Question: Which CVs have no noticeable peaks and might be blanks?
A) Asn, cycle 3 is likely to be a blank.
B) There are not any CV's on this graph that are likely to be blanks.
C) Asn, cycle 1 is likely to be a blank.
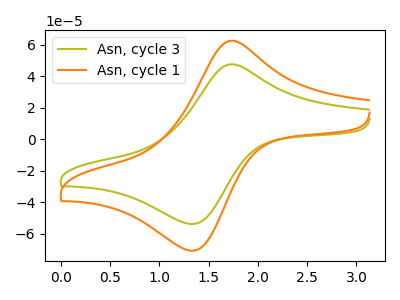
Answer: <think>The olive curve "Asn, cycle 3" has an anodic peak at (1.75V, 47.55uA) and a cathodic peak at (1.35V, -53.80uA). The orange curve "Asn, cycle 1" has an anodic peak at (1.75V, 62.55uA) and a cathodic peak at (1.35V, -70.75uA).</think>
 <answer>B) There are not any CV's on this graph that are likely to be blanks.</answer>
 <eval>B</eval>